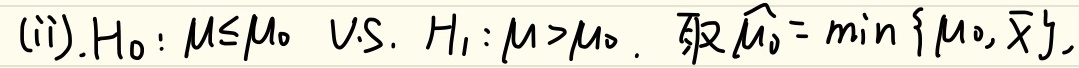
(ii). \(H_0:\mu\leq\mu_0\ \text{V.S.}\ H_1:\mu > \mu_0\)。取\(\widehat{\mu_0}=\min\{\mu_0,\overline{x}\}\)